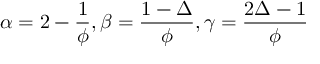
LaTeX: \alpha = 2 - { \frac { 1 } { \phi } } , \beta = { \frac { 1 - \Delta } { \phi } } , \gamma = { \frac { 2 \Delta - 1 } { \phi } }